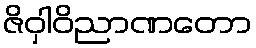
ဇိဝှါဝိညာဏတော